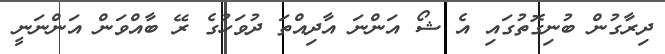
ދިރާގުން ބުނިގޮތުގައި އެ ޝޯ އަންނަ އާދިއްތަ ދުވަހުގެ ރޭ ބާއްވަން އަންނަނީ